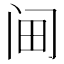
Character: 𰿭